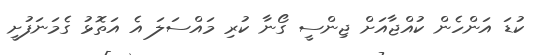
ކުޑަ އަންހެން ކުއްޖާއަށް ޖިންސީ ގޯނާ ކުރި މައްސަލަ އެ އަތޮޅު ގެމަނަފުށީ